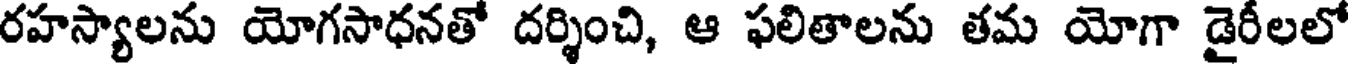
రహస్యాలను యోగసాధనతో దర్శించి, ఆ ఫలితాలను తమ యోగా డైరీలలో